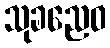
သုခညေဝ